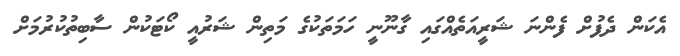
އެކަން ދެފުށް ފެންނަ ޝަރީއަތެއްގައި ގާނޫނީ ހަމަތަކުގެ މަތިން ޝަރުއީ ކޯޓަކުން ސާބިތުކުރުމަށް